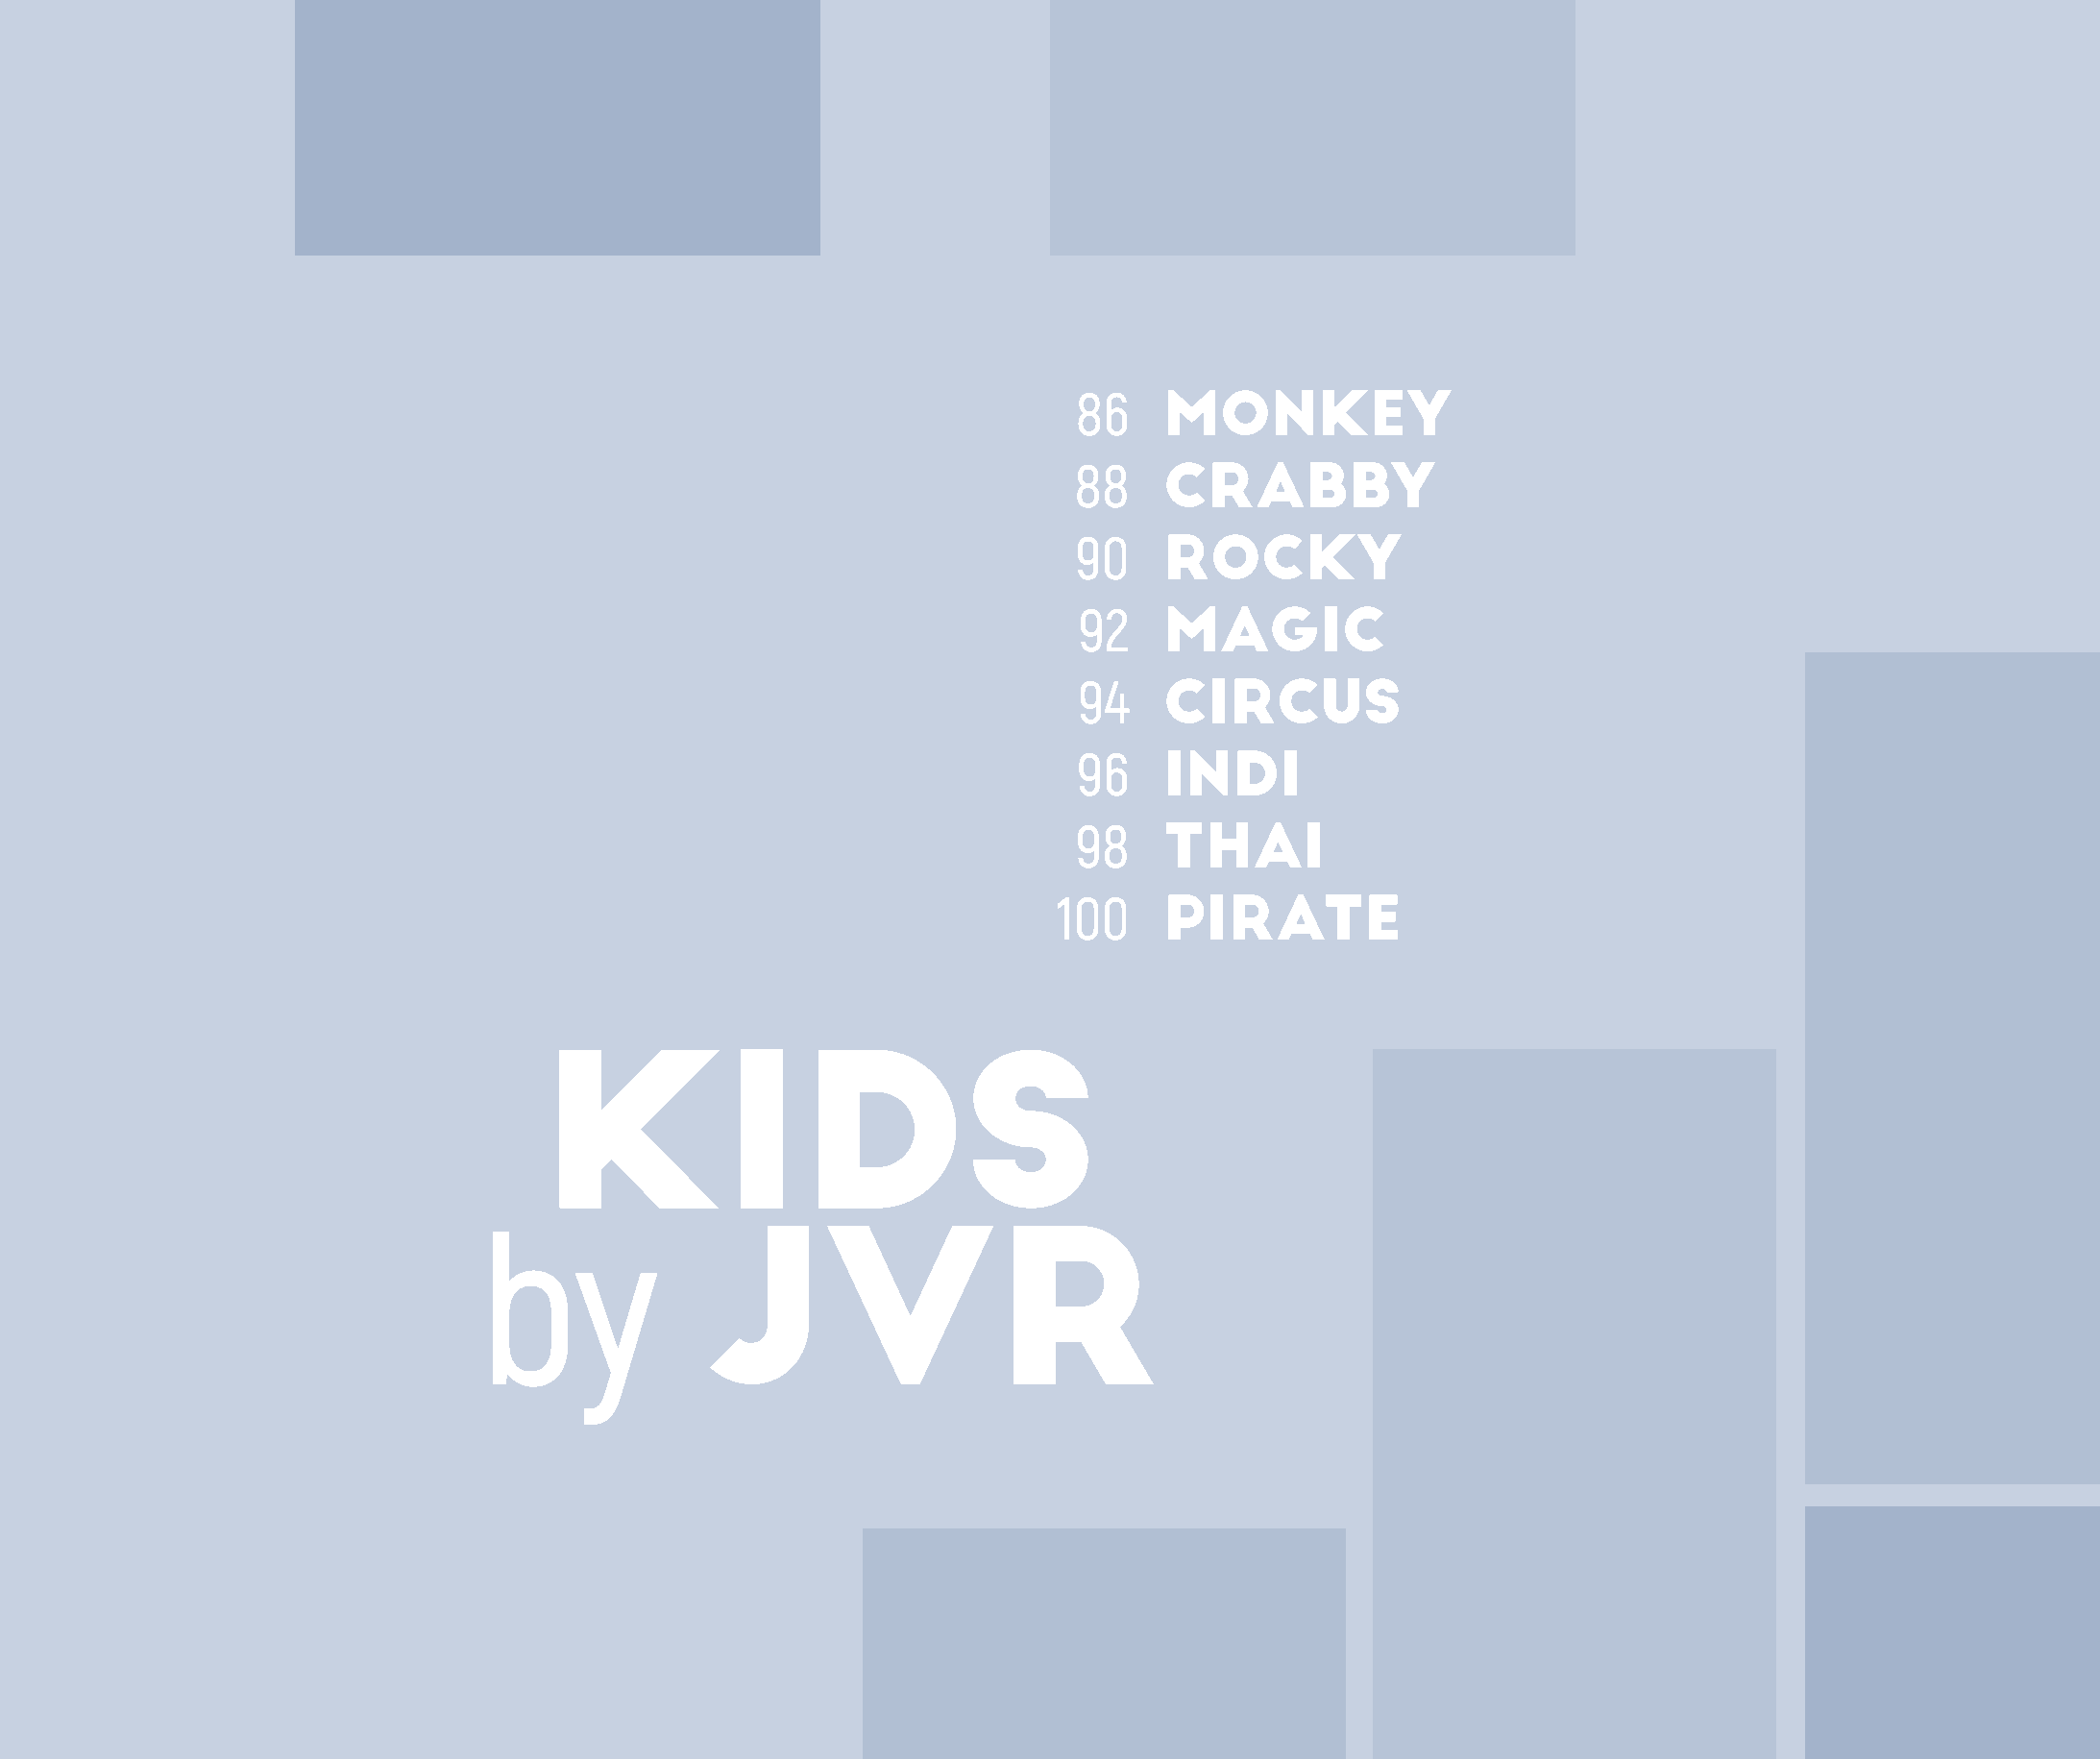
86    MONKEY
 88    CRABBY
 90    ROCKY
 92    MAGIC
 94    CIRCUS
 96    INDI
 98    THAI
 100    PIRATE
 KIDS
 by
 JVR